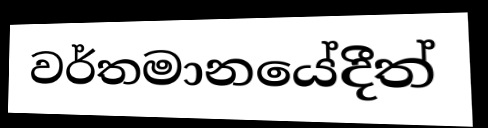
වර්තමානයේදීත්